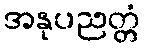
အနုပညတ္တံ